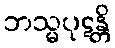
ဘသ္မပုဋန္တိ